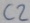
Text: C2